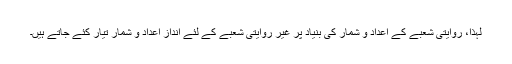
لہذا، روایتی شعبے کے اعداد و شمار کی بنیاد پر غیر روایتی شعبے کے لئے اندازً اعداد و شمار تیار کئے جاتے ہیں۔